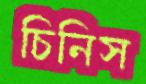
চিনিস